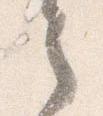
之